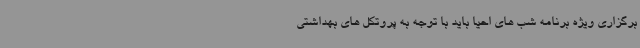
برگزاری ویژه برنامه شب های احیا باید با توجه به پروتکل های بهداشتی